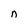
Character: n